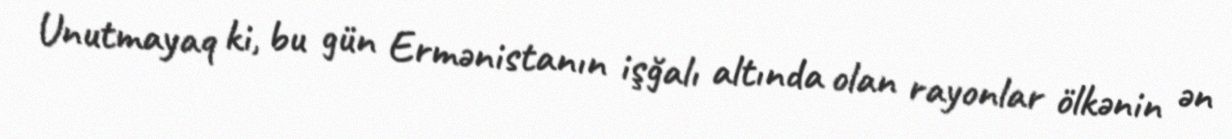
Unutmayaq ki, bu gün Ermənistanın işğalı altında olan rayonlar ölkənin ən